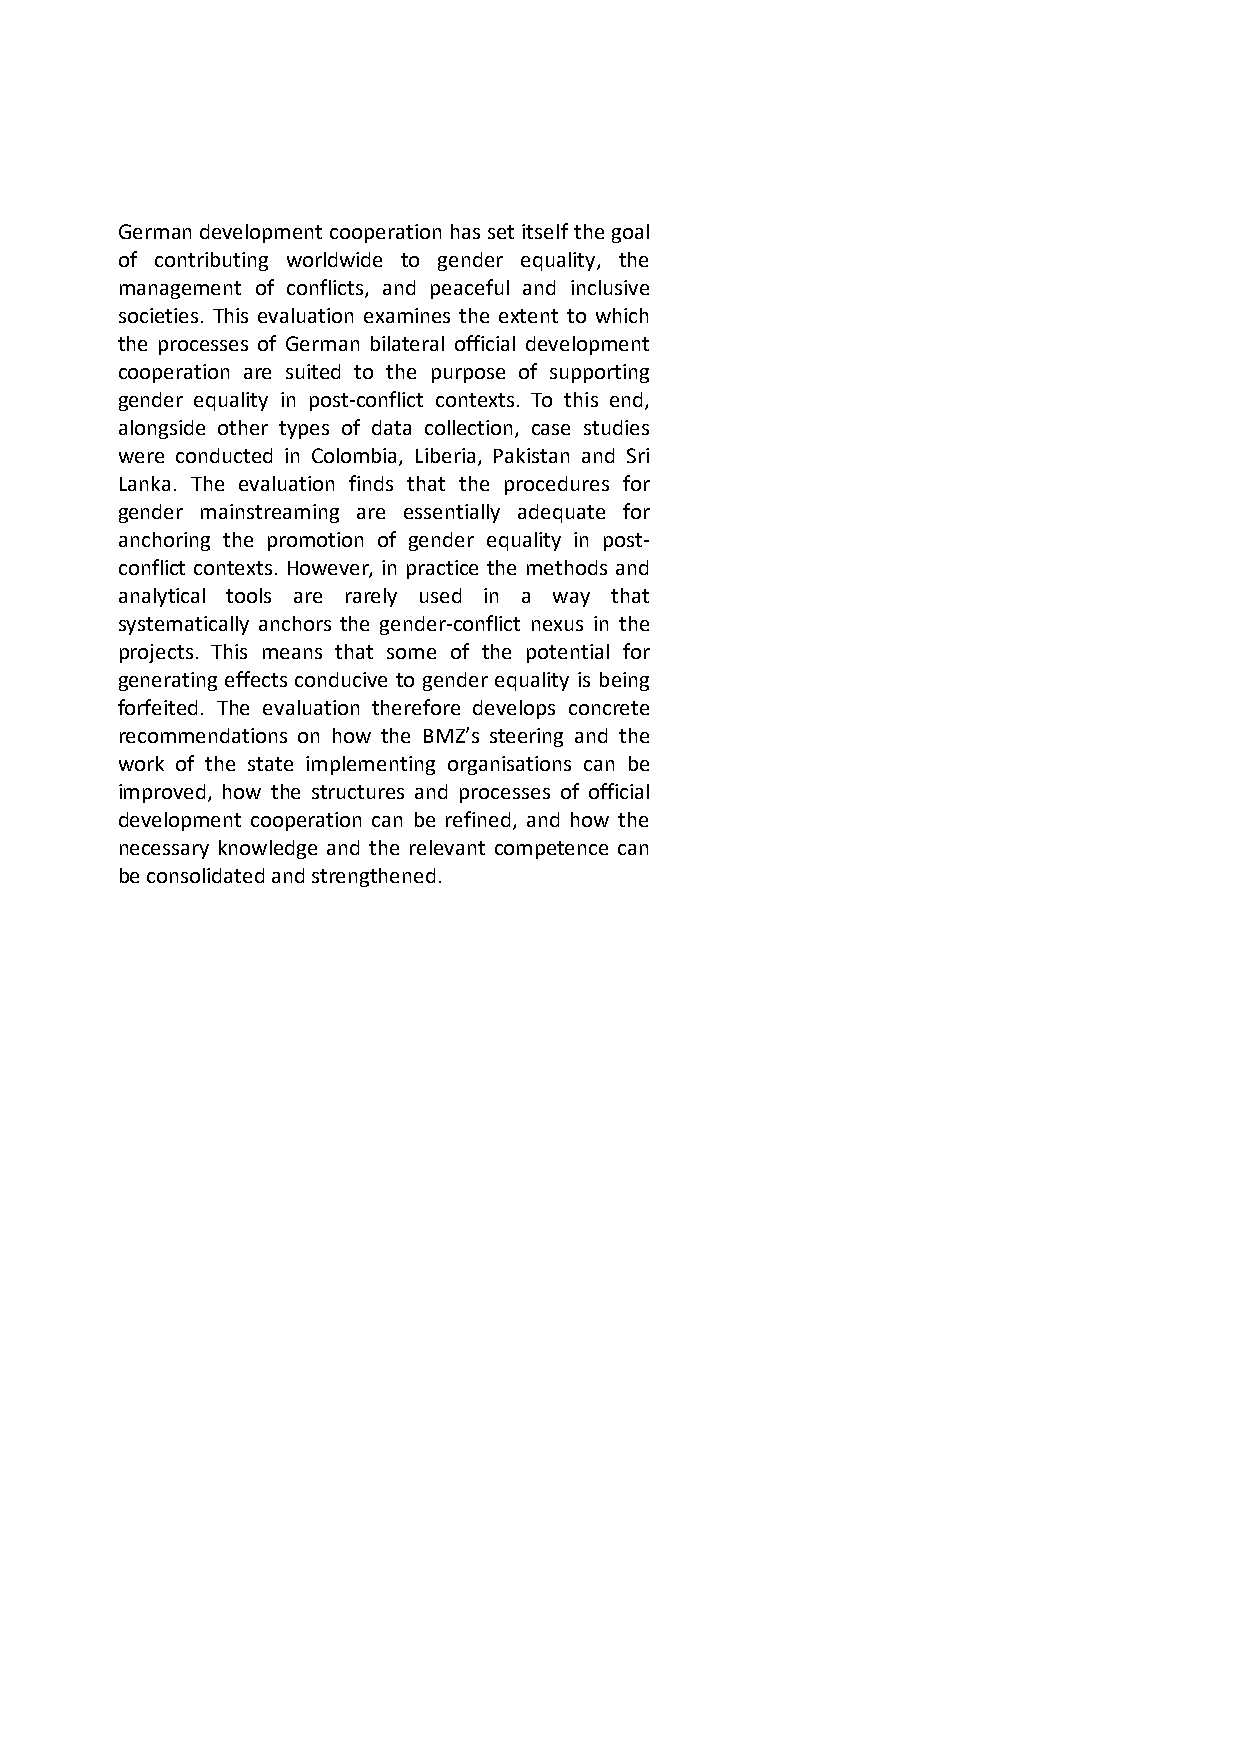
ii
 German development cooperation has set itself the goal
 of contributing worldwide to gender equality, the
 management of conflicts, and peaceful and inclusive
 societies. This evaluation examines the extent to which
 the processes of German bilateral official development
 cooperation are suited to the purpose of supporting
 gender equality in post-conflict contexts. To this end,
 alongside other types of data collection, case studies
 were conducted in Colombia, Liberia, Pakistan and Sri
 Lanka. The evaluation finds that the procedures for
 gender mainstreaming are essentially adequate for
 anchoring the promotion of gender equality in post-
 conflict contexts. However, in practice the methods and
 analytical tools are rarely used in a way that
 systematically anchors the gender-conflict nexus in the
 projects. This means that some of the potential for
 generating effects conducive to gender equality is being
 forfeited. The evaluation therefore develops concrete
 recommendations on how the BMZ’s steering and the
 work of the state implementing organisations can be
 improved, how the structures and processes of official
 development cooperation can be refined, and how the
 necessary knowledge and the relevant competence can
 be consolidated and strengthened.